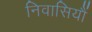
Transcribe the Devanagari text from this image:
निवासियौं